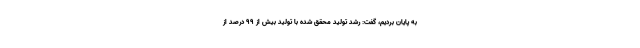
به پایان بردیم، گفت: رشد تولید محقق شده با تولید بیش از ۹۹ درصد از